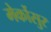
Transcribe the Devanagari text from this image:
मेर्कोसुर